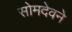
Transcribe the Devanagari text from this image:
सोमदेवने